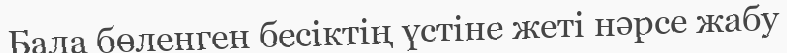
Бала бөленген бесіктің үстіне жеті нәрсе жабу